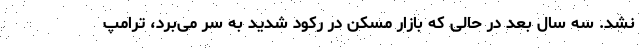
نشد. سه سال بعد در حالی که بازار مسکن در رکود شدید به سر می‌برد، ترامپ